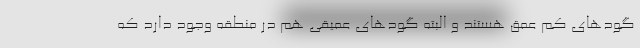
گودهای کم عمق هستند و البته گودهای عمیقی هم در منطقه وجود دارد که